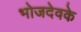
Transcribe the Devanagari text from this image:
भोजदेवके